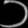
Digit: ၁